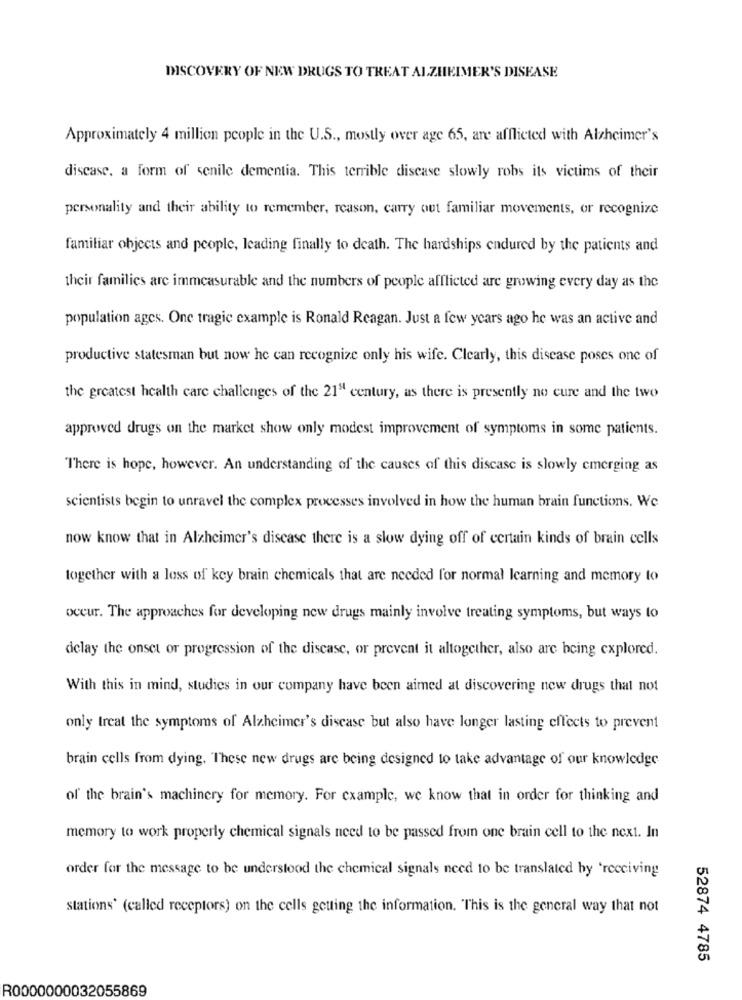
DISCOVERY OF NEW DRUGS TO TREAT ALZHEIMER'S DISEASE
Approximately 4 million people in the U.S ., mostly over age 65, are afflicted with Alzheimer's
discase. a form of senile dementia. This terrible disease slowly robs its victims of their
personality and their ability to remember, reason, carry out familiar movements, or recognize
familiar objects and people, leading finally to death. The hardships endured by the patients and
their families are immeasurable and the numbers of people afflicted are growing every day as the
population ages. One tragic example is Ronald Reagan. Just a few years ago he was an active and
productive statesman but now he can recognize only his wife. Clearly, this disease poses one of
the greatest health care challenges of the 21"4 century, as there is presently no cure and the two
approved drugs on the market show only modest improvement of symptoms in some patients.
There is hope, however. An understanding of the causes of this disease is slowly emerging as
scientists begin to unravel the complex processes involved in how the human brain functions. We
now know that in Alzheimer's disease there is a slow dying off of certain kinds of brain cells
together with a loss of key brain chemicals that are needed for normal learning and memory to
occur. The approaches for developing new drugs mainly involve treating symptoms, but ways to
delay the onset or progression of the disease, or prevent it altogether, also are being explored.
With this in mind, studies in our company have been aimed at discovering new drugs that not
only treat the symptoms of Alzheimer's disease but also have longer lasting effects to prevent
brain cells from dying. These new drugs are being designed to take advantage of our knowledge
of the brain's machinery for memory. For example, we know that in order for thinking and
memory to work properly chemical signals need to be passed from one brain cell to the next. In
order for the message to be understood the chemical signals need to be translated by 'receiving
stations' (called receptors) on the cells getting the information. "This is the general way that not
52874 4785
R0000000032055869